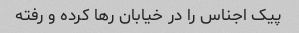
پیک اجناس را در خیابان رها کرده و رفته